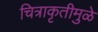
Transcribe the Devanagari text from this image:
चित्राकृतीमुळे